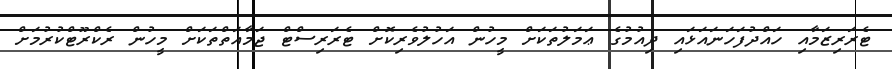
ޓެރަރިޒަމާއި ހައްދުފަހަނައަޅައި ދިއުމުގެ ޢަމަލުތަކަށް މީހުން އަހުލުވެރިކޮށް ޓެރަރިސްޓް ޖަމާއަތްތަކަށް މީހުން ރެކްރޫޓްކުރުމަށް